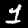
Label: 1